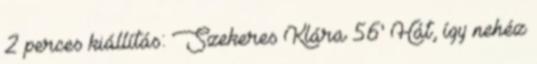
2 perces kiállítás: Szekeres Klára 56' Hát, így nehéz